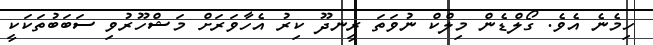
ހިމެނެ އެވެ. ގޯލްޑެން މިލްކް ނުވަތަ ރީނދޫ ކިރު އެހާވަރަށް މަޝްހޫރުވި ސަބަބުތަކަކީ